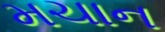
મચાન